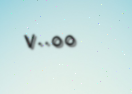
٧٠٠٥٥